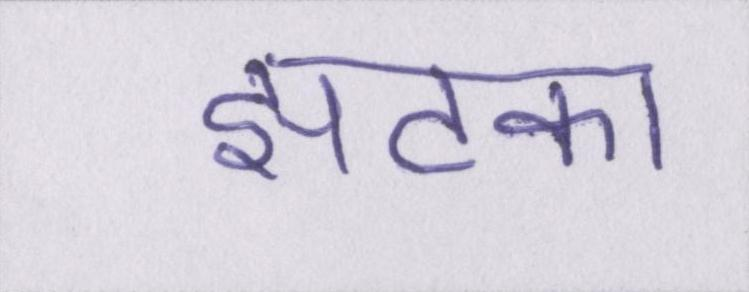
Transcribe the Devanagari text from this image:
झटका